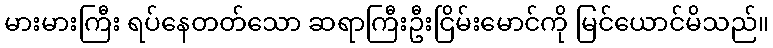
မားမားကြီး ရပ်နေတတ်သော ဆရာကြီးဦးငြိမ်းမောင်ကို မြင်ယောင်မိသည်။